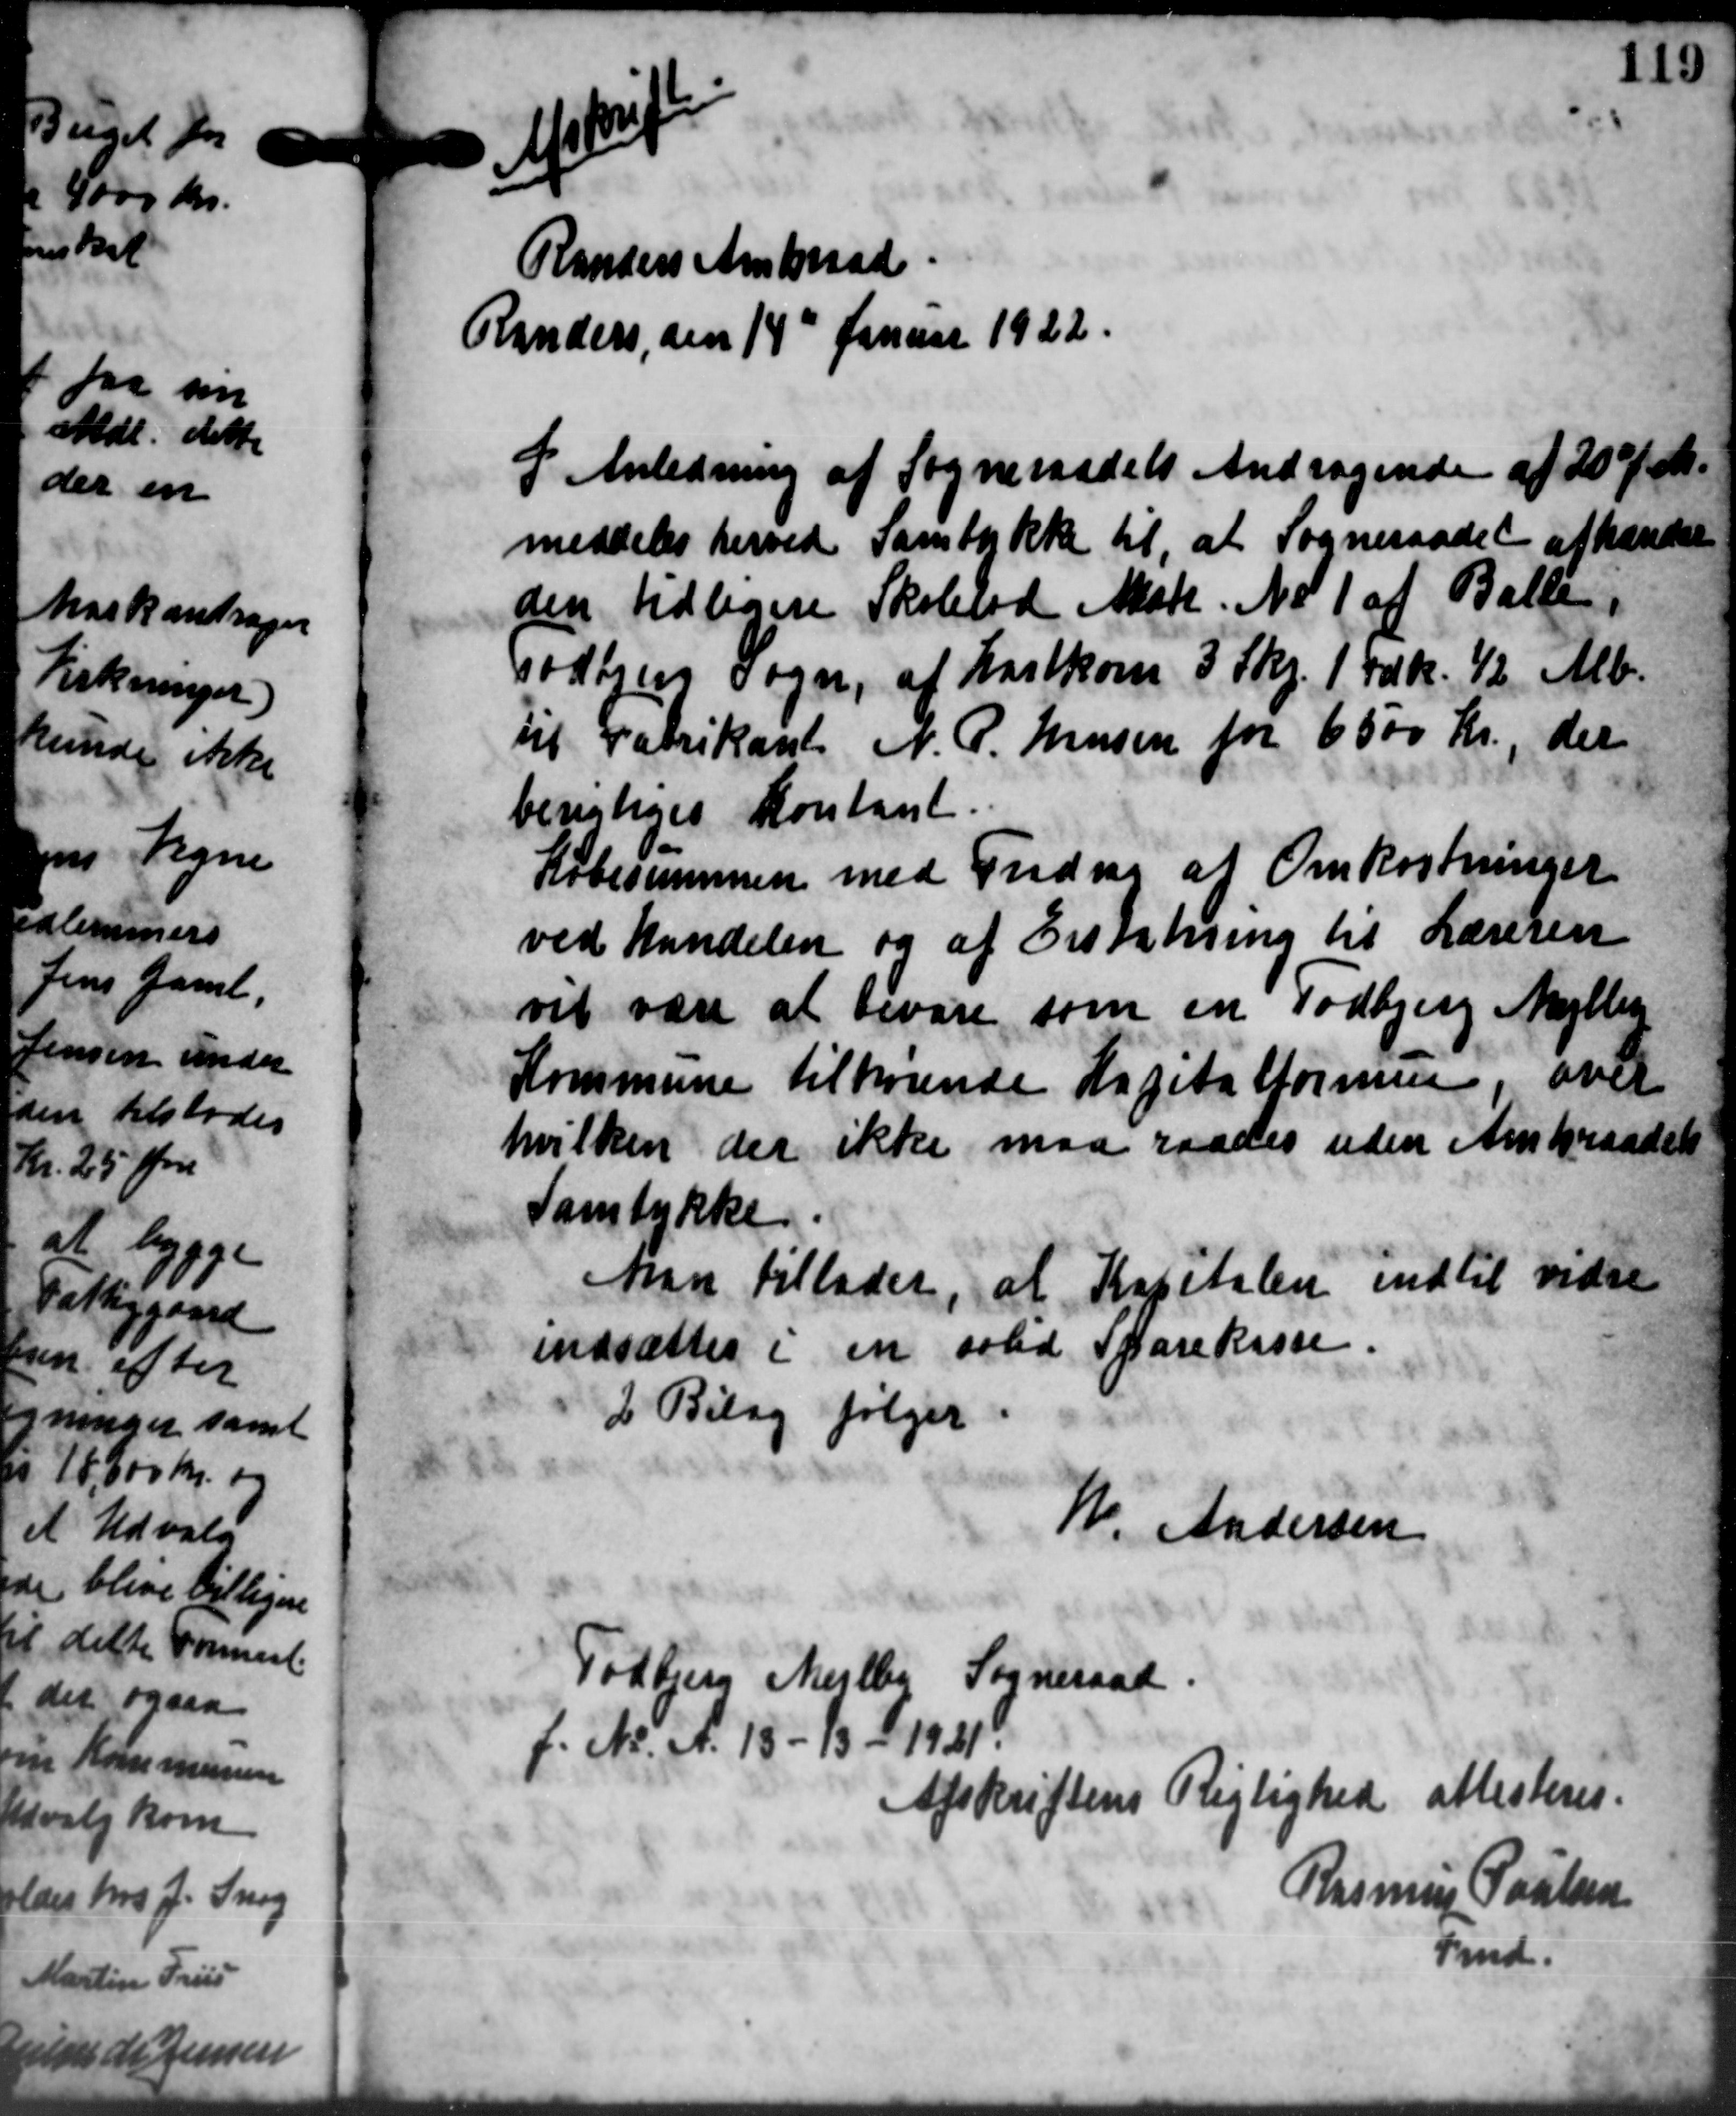
Transskription:
12
Randers Amtsraad
Randers den 14d Januar 1922.
I Anledning af Sogneraadets Andragende af 20 f. M.
meddeles herved Samtykke til, at Sogneraadet afhænde
den tidligere Skolelod Matr. No 1 af Balle
Todbjerg Sogn, af Hartkorn 3 Skr. 1 Fdk. 12 Alb.
til Fabrikant N. P. Hansen for 6500 Kr., der
berigtiges kontant
Købesummen med Fredrag at Omkostninger
ved kandelen og af Erstatning til Læreren
vil være at bevare som en Todbjerg Mejlby
Kommune tilhørende Kapitattørensen, over
hvilken der ikke maa raades uden Amtsraadets
Samtykke.
Man tillader, at Kapitalen indtil vidre
indsættes i en solid Sparekasse.
2 Bilag følger
N. Andersen
Todbjerg Mejlby Sogneraad.
f. N. A. 13 - 13 - 1941.
Rejlighed attesteres.
Afskriftens
Rasmus Poulsen
Fmd